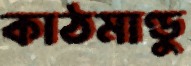
কাঠমাণ্ডু